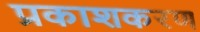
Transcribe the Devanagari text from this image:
प्रकाशकरण